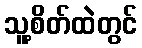
သူ့စိတ်ထဲတွင်